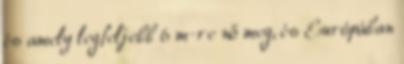
és amely legfeljebb 6 m-re nő meg, és Európában